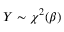
Y \sim \chi ^ { 2 } ( \beta )